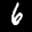
Label: 6